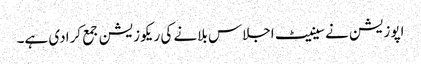
اپوزیشن نے سینیٹ اجلاس بلانے کی ریکوزیشن جمع کرادی ہے۔